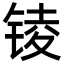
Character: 𨱋